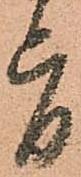
旨